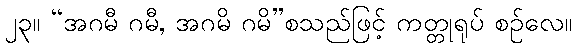
၂၃။ “အဂမီ ဂမီ, အဂမိ ဂမိ”စသည်ဖြင့် ကတ္တုရုပ် စဉ်လေ။